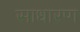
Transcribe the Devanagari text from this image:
साधारण्‍ा